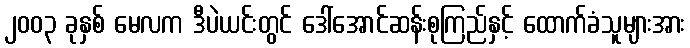
၂၀၀၃ ခုနှစ် မေလက ဒီပဲယင်းတွင် ဒေါ်အောင်ဆန်းစုကြည်နှင့် ထောက်ခံသူများအား